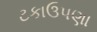
ટકાઉપણા